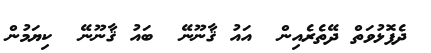
ދެފޮޅުވަތް ދޭތެރެއިން  އައު ޤާނޫނޭ  ބައު ޤާނޫނޭ  ކިޔަމުން